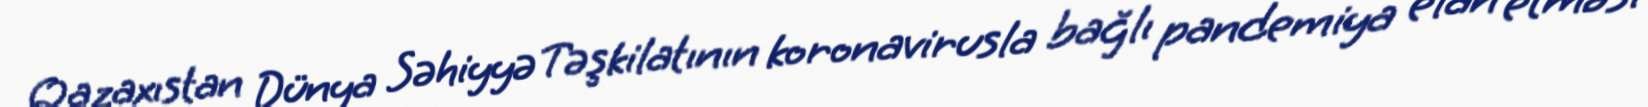
Qazaxıstan Dünya Səhiyyə Təşkilatının koronavirusla bağlı pandemiya elan etməsi